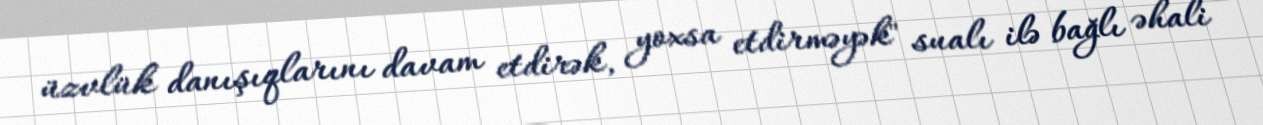
üzvlük danışıqlarını davam etdirək, yoxsa etdirməyək" sualı ilə bağlı əhali